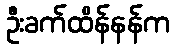
ဦးခက်ထိန်နန်က